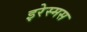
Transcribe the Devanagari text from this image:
इरेस्मस